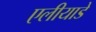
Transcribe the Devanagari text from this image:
एलीयाडे